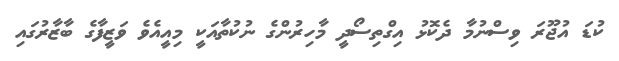
ކުޑަ އުޖޫރަ ވިސްނުމާ ދެކޮޅު އިގްތިސޯދީ މާހިރުންގެ ނުކުތާއަކީ މިއީއެވެ ވަޒީފާގެ ބާޒާރުގައި